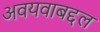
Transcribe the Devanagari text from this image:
अवयवाबद्दल